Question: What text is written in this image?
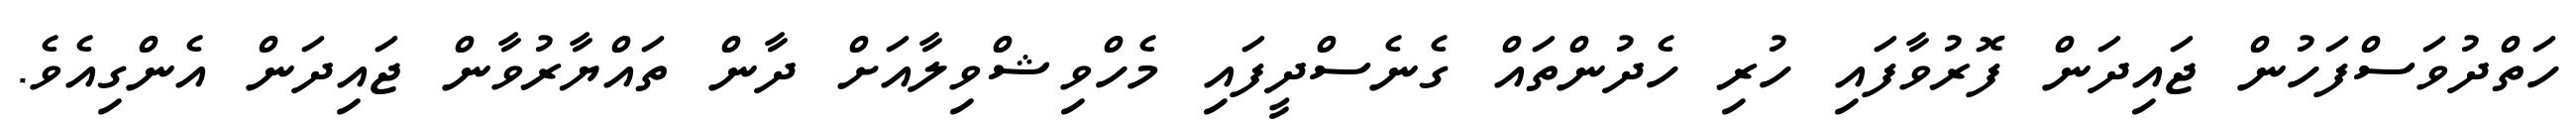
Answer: ހަތްދުވަސްފަހުން ޖައިދަން ފޮރުވާފައި ހުރި ހެދުންތައް ގެނެސްދީފައި މެހްވިޝްވިލާއަށް ދާން ތައްޔާރުވާން ޖައިދަން އެންގިއެވެ.